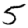
Digit: 5